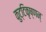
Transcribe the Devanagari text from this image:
कुट्टिकृष्णन्